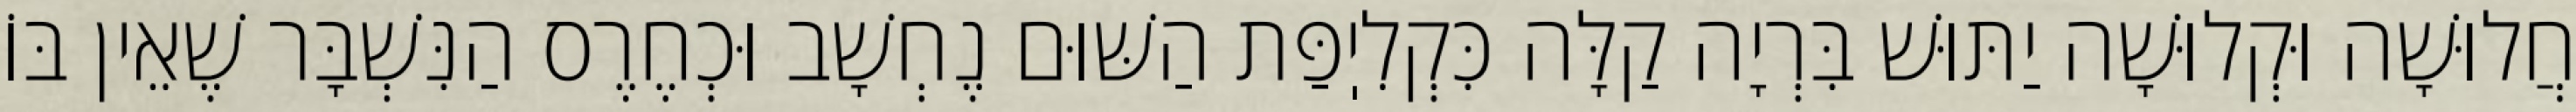
חֲלוּשָׁה וּקְלוּשָׁה יַתּוּשׁ בִּרְיָה קַלָּה כִּקְלִיֽפַּת הַשּׁוּם נֶחְשָׁב וּכְחֶרֶס הַנִּשְׁבָּר שֶׁאֵין בּוֹ